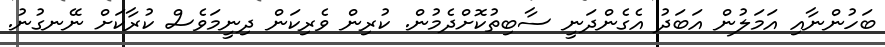
ބަހުންނާއި އަމަލުން އަބަދު އެގެންދަނީ ސާބިތުކޮށްދެމުން. ކުރިން ވެރިކަން ދިނީމަވެސް ކުރާކަށް ނޭނގުނު.